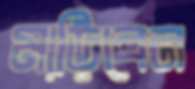
মাড়িবেন